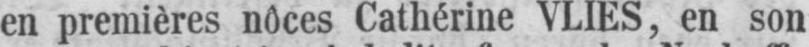
en premières nôces Cathérine VLIES, en son